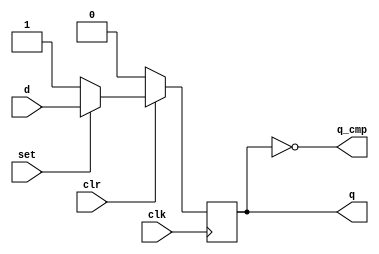
`timescale 1ns / 1ps
//////////////////////////////////////////////////////////////////////////////////
// Company: 
// Engineer: 
// 
// Design Name: 
// Module Name:    dff_syn_low_clr_set 
// Project Name: 
// Target Devices: 
// Tool versions: 
// Description: 
//
// Dependencies: 
//
// Revision: 
// Revision 0.01 - File Created
// Additional Comments: 
//
// CLR and SET are Active Low. CLR -> Highest Priority
//
//
//////////////////////////////////////////////////////////////////////////////////
module dff_syn_low_clr_set(clk,d,set,clr,q,q_cmp);
	input clr, set, d, clk;
	output reg q;
	output q_cmp;
	
	always @ (posedge clk) begin
		if(clr==1'b0) begin q=1'b0; end
		else if(set==1'b0) begin q=1'b1; end
		else begin q=d; end
	end
	
	assign q_cmp=~q;

endmodule